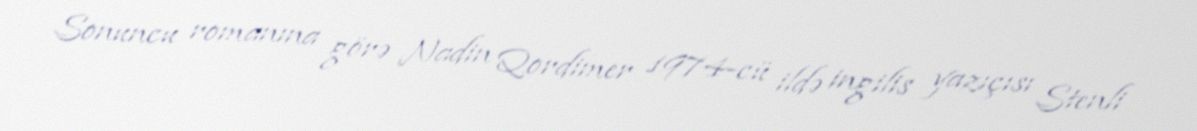
Sonuncu romanına görə Nadin Qordimer 1974-cü ildə ingilis yazıçısı Stenli